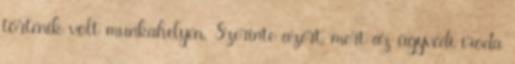
történik volt munkahelyén. Szerinte azért, mert az ügyvédi iroda